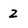
Character: 2